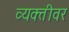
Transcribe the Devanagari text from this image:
व्‍यक्‍तीवर